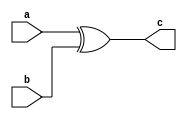
//////////////////////////////////////////////////////////////////////////////////
// Company: 
// Engineer: 
// 
// Design Name: 
// Module Name:    header 
// Project Name: 
// Target Devices: 
// Tool versions: 
// Description: 
//
// Dependencies: 
//
// Revision: 
// Revision 0.01 - File Created
// Additional Comments: 
//
//////////////////////////////////////////////////////////////////////////////////

///////////////////////////////////////////////////////////////////
module binary_adder(a, b, c);
input [15:0] a, b;
output [15:0] c;

assign c = a ^ b;
endmodule

///////////////////////////////////////////////////////////////////
module adder_subtracter(a, b, carry_in, add_sub, s, carry_out);
input [15:0] a, b;
input carry_in;
input add_sub; 			// This is high for subtraction

output [15:0] s;
output carry_out;

wire [15:0] w1;
wire [16:0] w2;

assign w1 = (add_sub==0) ? b : ~b;
assign w2 = a + w1 + (carry_in ^ add_sub);
assign carry_out = w2[16] ^ add_sub;
assign s = w2[15:0];
endmodule

///////////////////////////////////////////////////////////////////
module mux2(in1, in2, sel, out);
input [15:0] in1, in2;
input sel;
output [15:0] out;

assign out = (sel) ? in2 : in1;

endmodule